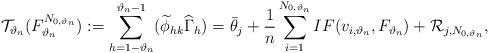
LaTeX: \begin{align*}\mathcal{T}_{\vartheta_n}(F_{\vartheta_n}^{N_{0,\vartheta_n}}):=\sum^{\vartheta_n-1}_{h=1-\vartheta_n}(\widetilde{\phi}_{hk}\widehat{\Gamma}_h)=\bar{\theta}_j+\frac{1}{n}\sum^{N_{0,\vartheta_n}}_{i=1}IF(v_{i,\vartheta_n},F_{\vartheta_n})+\mathcal{R}_{j,N_{0,\vartheta_n}},\end{align*}